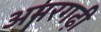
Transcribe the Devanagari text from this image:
अमरगढ़ी